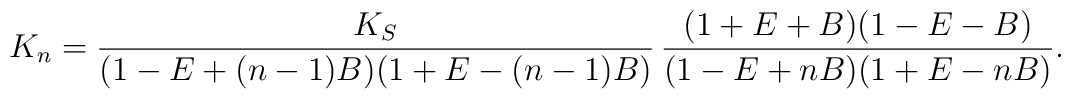
K_n= \frac{K_S}{(1-E+(n-1)B)(1+E-(n-1)B)}\,\frac{(1+E+B)(1-E-B)}{(1-E+nB) (1+E-nB)}.